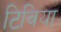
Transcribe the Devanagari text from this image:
टिविया